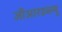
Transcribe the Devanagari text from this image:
जीआरडब्ल्यू